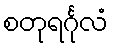
စတုရင်္ဂုလံ